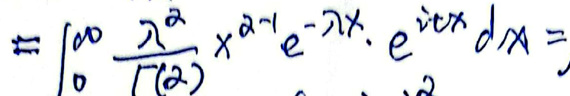
\[
=\int_{0}^{\infty}\frac{\lambda^{\alpha}}{\Gamma(\alpha)}x^{\alpha - 1}e^{-\lambda x}\cdot e^{itx}dx=
\]